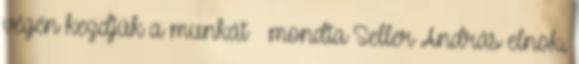
végén kezdjük a munkát – mondta Seller András elnök.